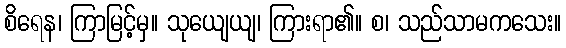
စိရေန၊ ကြာမြင့်မှ။ သုယျေယျ၊ ကြားရာ၏။ စ၊ သည်သာမကသေး။